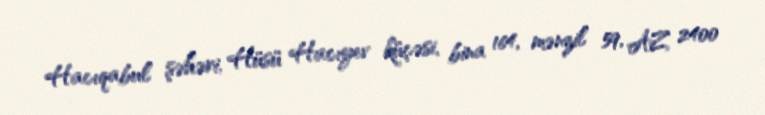
Hacıqabul şəhəri, Hüsü Hacıyev küçəsi, bina 164, mənzil 59, AZ 2400